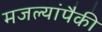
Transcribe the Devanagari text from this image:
मजल्यांपैकी